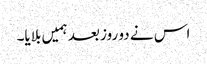
اس نے دو روز بعد ہمیں بلایا۔